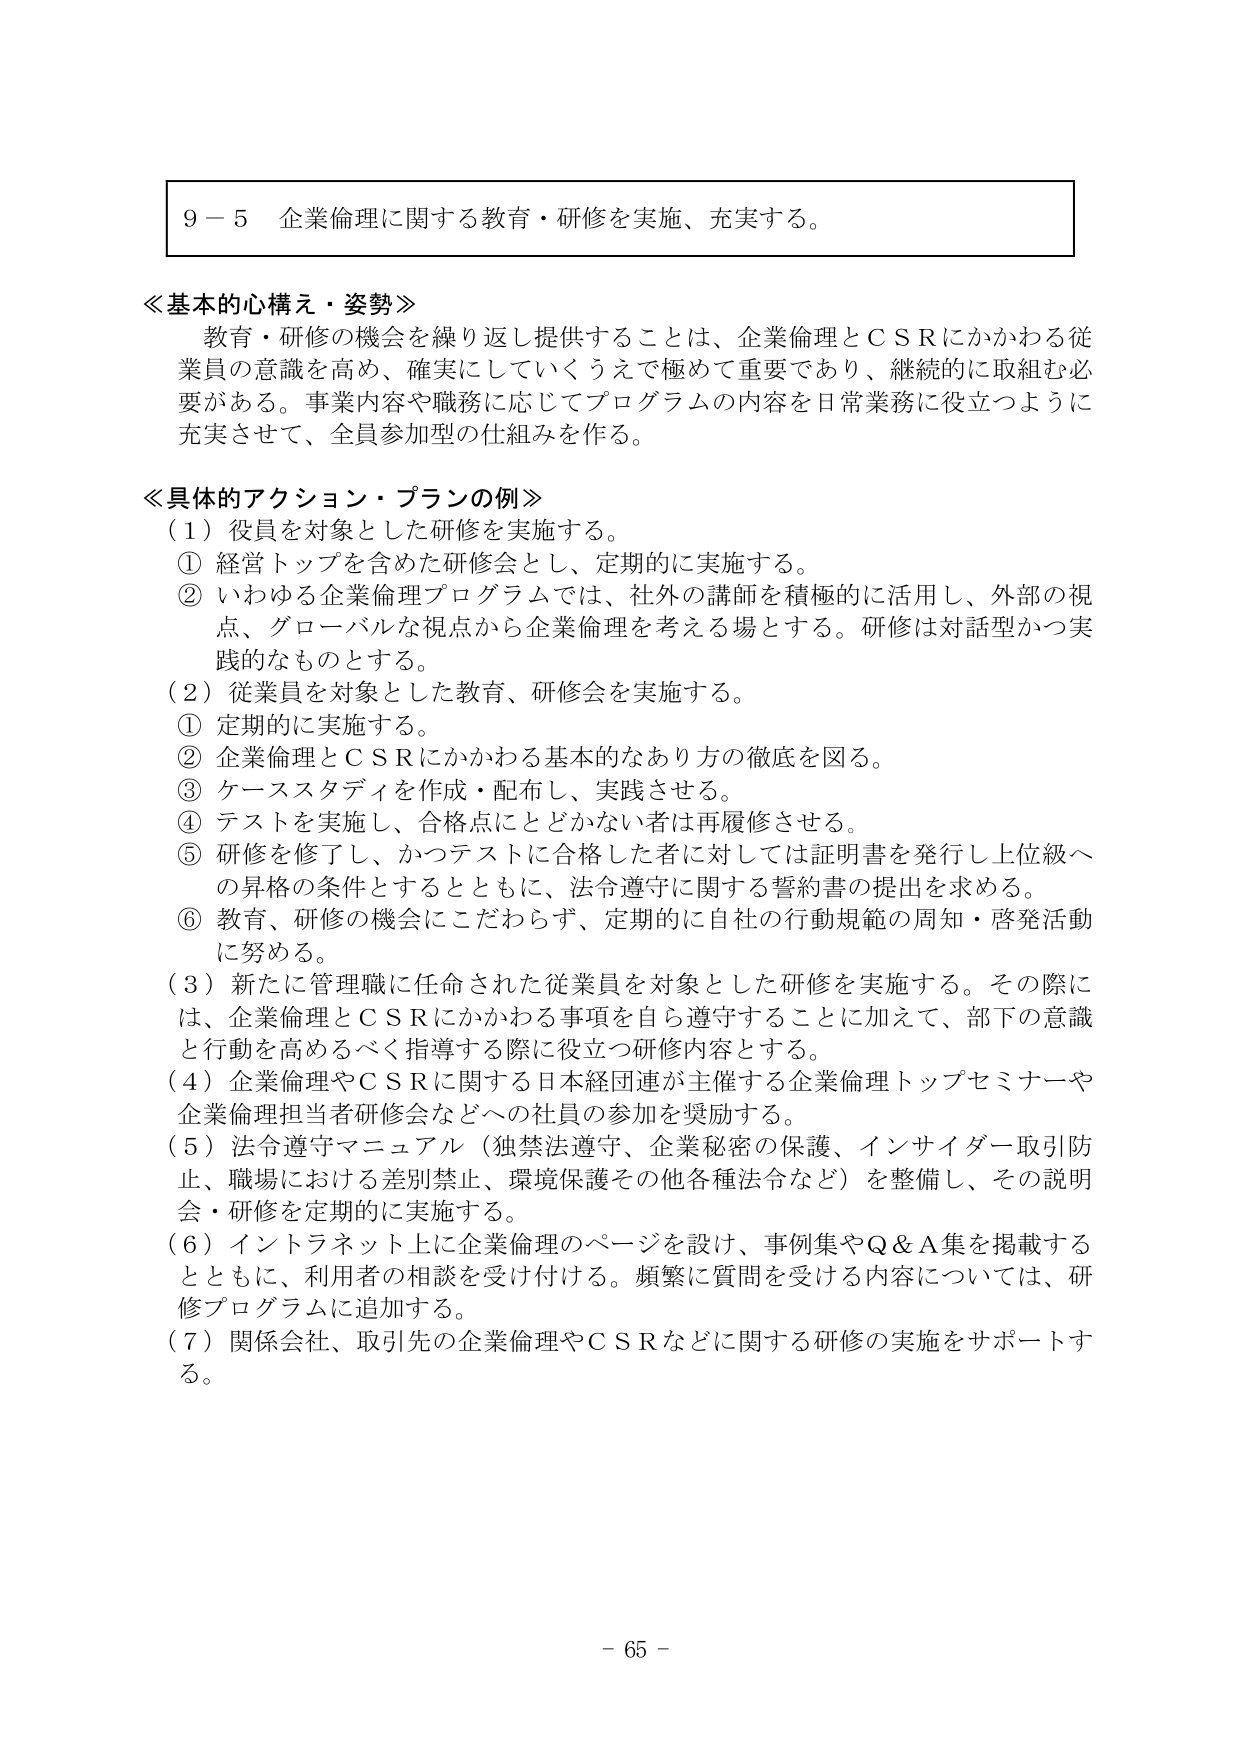
9－5 企業倫理に関する教育・研修を実施、充実する。

≪基本的心構え・姿勢≫
教育・研修の機会を繰り返し提供することは、企業倫理とＣＳＲにかかわる従業員の意識を高め、確実にしていくうえで極めて重要であり、継続的に取組む必要がある。事業内容や職務に応じてプログラムの内容を日常業務に役立つように充実させて、全員参加型の仕組みを作る。

≪具体的アクション・プランの例≫
（1）役員を対象とした研修を実施する。
① 経営トップを含めた研修会とし、定期的に実施する。
② いわゆる企業倫理プログラムでは、社外の講師を積極的に活用し、外部の視点、グローバルな視点から企業倫理を考える場とする。研修は対話型かつ実践的なものとする。

（2）従業員を対象とした教育、研修会を実施する。
① 定期的に実施する。
② 企業倫理とＣＳＲにかかわる基本的なあり方の徹底を図る。
③ ケーススタディを作成・配布し、実践させる。
④ テストを実施し、合格点にとどかない者は再履修させる。
⑤ 研修を修了し、かつテストに合格した者に対しては証明書を発行し上位級への昇格の条件とするとともに、法令遵守に関する誓約書の提出を求める。
⑥ 教育、研修の機会にこだわらず、定期的に自社の行動規範の周知・啓発活動に努める。

（3）新たに管理職に任命された従業員を対象とした研修を実施する。その際には、企業倫理とＣＳＲにかかわる事項を自ら遵守することに加えて、部下の意識と行動を高めるべく指導する際に役立つ研修内容とする。

（4）企業倫理やＣＳＲに関する日本経団連が主催する企業倫理トップセミナーや企業倫理担当者研修会などへの社員の参加を奨励する。

（5）法令遵守マニュアル（独禁法遵守、企業秘密の保護、インサイダー取引防止、職場における差別禁止、環境保護その他各種法令など）を整備し、その説明会・研修を定期的に実施する。

（6）インターネット上に企業倫理のページを設け、事例集やＱ＆Ａ集を掲載するとともに、利用者の相談を受け付ける。頻繁に質問を受ける内容については、研修プログラムに追加する。

（7）関係会社、取引先の企業倫理やＣＳＲなどに関する研修の実施をサポートする。

－ 65 －